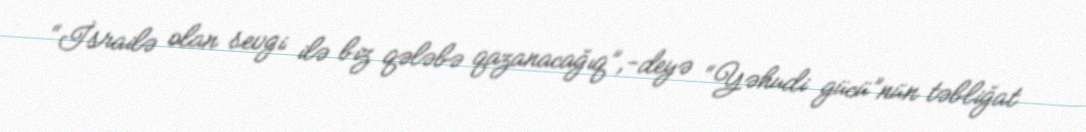
“İsrailə olan sevgi ilə biz qələbə qazanacağıq”,-deyə “Yəhudi gücü”nün təbliğat